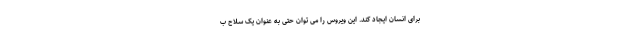
برای انسان ایجاد کند. این ویروس را می توان حتی به عنوان یک سلاح ب